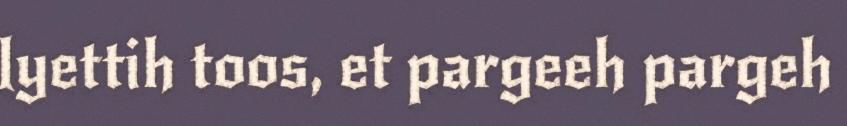
lyettih toos, et pargeeh pargeh